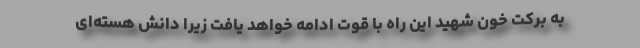
به برکت خون شهید این راه با قوت ادامه خواهد یافت زیرا دانش هسته‌ای